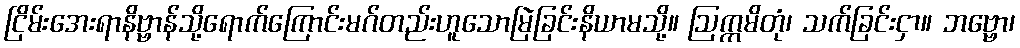
ငြိမ်းအေးရာနိဗ္ဗာန်သို့ရောက်ကြောင်းမဂ်တည်းဟူသောမြဲခြင်းနိယာမသို့။ ဩက္ကမိတုံ၊ သက်ခြင်းငှာ။ ဘဗ္ဗော၊